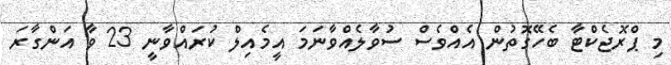
މި ޕްރޮޖެކްޓާ ބެހޭގޮތުން އެއްވެސް ސުވާލެއްވާނަމަ އީމެއިލް ކުރައްވާނީ 23 ވާ އަންގާރަ